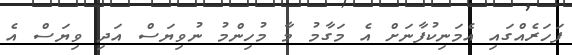
ފަހަރެއްގައި އެމަނިކުފާނަށް އެ މަގާމު މާ މުހިންމު ނުވިޔަސް އަދި ވިޔަސް އެ